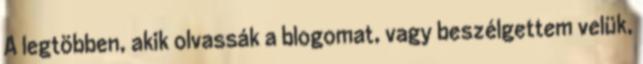
A legtöbben, akik olvassák a blogomat, vagy beszélgettem velük,